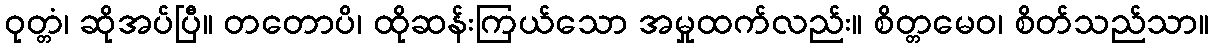
ဝုတ္တံ၊ ဆိုအပ်ပြီ။ တတောပိ၊ ထိုဆန်းကြယ်သော အမှုထက်လည်း။ စိတ္တမေဝ၊ စိတ်သည်သာ။